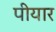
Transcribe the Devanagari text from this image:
पीयार